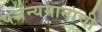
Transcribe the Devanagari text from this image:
पर्जन्यमानाची